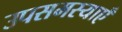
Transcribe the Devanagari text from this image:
उपसमस्याएँ